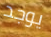
يوجد